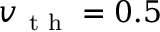
v _ { \mathrm { ~ t ~ h ~ } } = 0 . 5